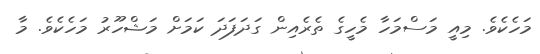
މަހެކެވެ. މިއީ މަސްމަހާ މެހީގެ ތެރެއިން ގަދަފަދަ ކަމަށް މަޝްހޫރު މަހެކެވެ. މާ